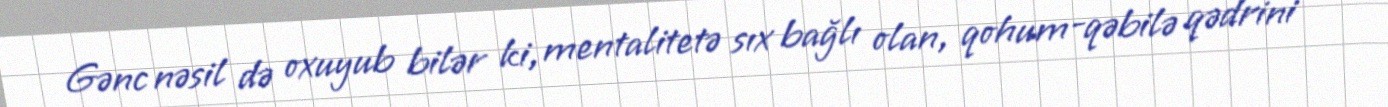
Gənc nəsil də oxuyub bilər ki, mentalitetə sıx bağlı olan, qohum-qəbilə qədrini